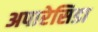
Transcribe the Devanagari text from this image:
अपारेसिडा